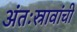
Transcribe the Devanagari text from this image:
अंतःस्रावांची